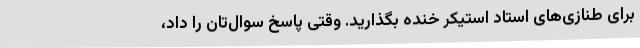
برای طنازی‌های استاد استیکر خنده بگذارید. وقتی پاسخ سوال‌تان را داد،